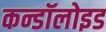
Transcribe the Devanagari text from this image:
कन्डॉलोइड